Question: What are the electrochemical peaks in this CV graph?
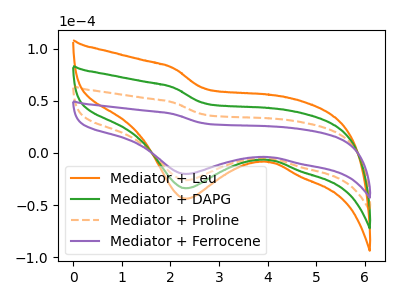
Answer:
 <answer>The orange curve "Mediator + Leu" has a cathodic peak at: (2.30V, -78.35uA). The green curve "Mediator + DAPG" has a cathodic peak at: (2.30V, -52.25uA). The orange dashed curve "Mediator + Proline" has a cathodic peak at: (2.30V, -26.10uA). The purple curve "Mediator + Ferrocene" has a cathodic peak at: (2.30V, -20.15uA).</answer>
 <eval></eval>